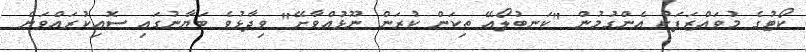
ކޯޓުގެ މުވައްޒަފަކު އެންގުމުން "ކަނބުލޯއޭ ތިކަން ކުރަން ނޫޅުއްވާށޭ" ވިދާޅުވެ ބަޔާނުގައި ސޮއިކުރައްވަން